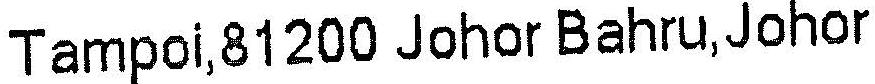
TAMPOI,81200 JOHOR BAHRU,JOHOR